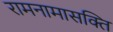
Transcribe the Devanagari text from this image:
रामनामासक्ति